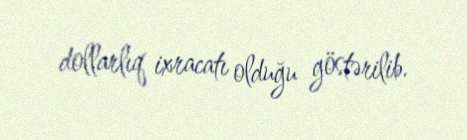
dollarlıq ixracatı olduğu göstərilib.